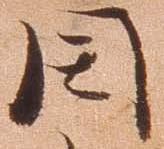
閏